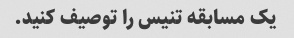
یک مسابقه تنیس را توصیف کنید.